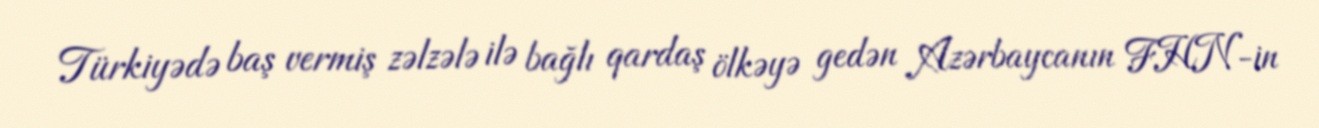
Türkiyədə baş vermiş zəlzələ ilə bağlı qardaş ölkəyə gedən Azərbaycanın FHN-in